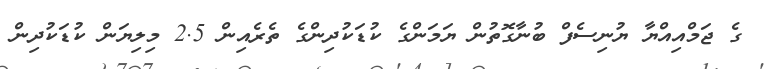
ގެ ޖަމްއިއްޔާ ޔުނިސެފް ބުނާގޮތުން ޔަމަންގެ ކުޑަކުދިންގެ ތެރެއިން 2.5 މިލިޔަން ކުޑަކުދިން